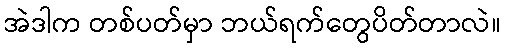
အဲဒါက တစ်ပတ်မှာ ဘယ်ရက်တွေပိတ်တာလဲ။